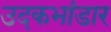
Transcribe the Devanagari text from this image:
उदकभांडार